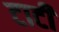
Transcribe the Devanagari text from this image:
टाटी